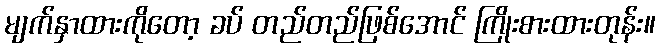
မျက်နှာထားကိုတော့ ခပ် တည်တည်ဖြစ်အောင် ကြိုးစားထားတုန်း။